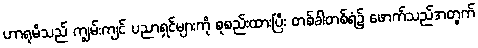
ဟာရုမိသည် ကျွမ်းကျင် ပညာရှင်များကို စုစည်းထားပြီး တစ်ခါတစ်ရံ၌ ဖောက်သည်အတွက်